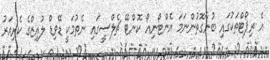
އެ ރިޕޯޓްތަކުގައި ބުނާގޮތުންނަމަ އެންޓޯނިއޯ ކޮންޓޭ ޗެލްސީގައި ނެތުމަކީ ޑޭވިޑް ލުއިޒްގެ ކެރިއަރު